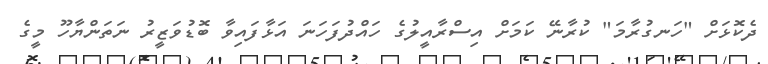
ދެކޮޅަށް "ހަނގުރާމަ" ކުރާނޭ ކަމަށް އިސްރާއީލުގެ ހައްދުފަހަނަ އަޅާފައިވާ ބޮޑުވަޒީރު ނަތަންޔާހޫ މީގެ